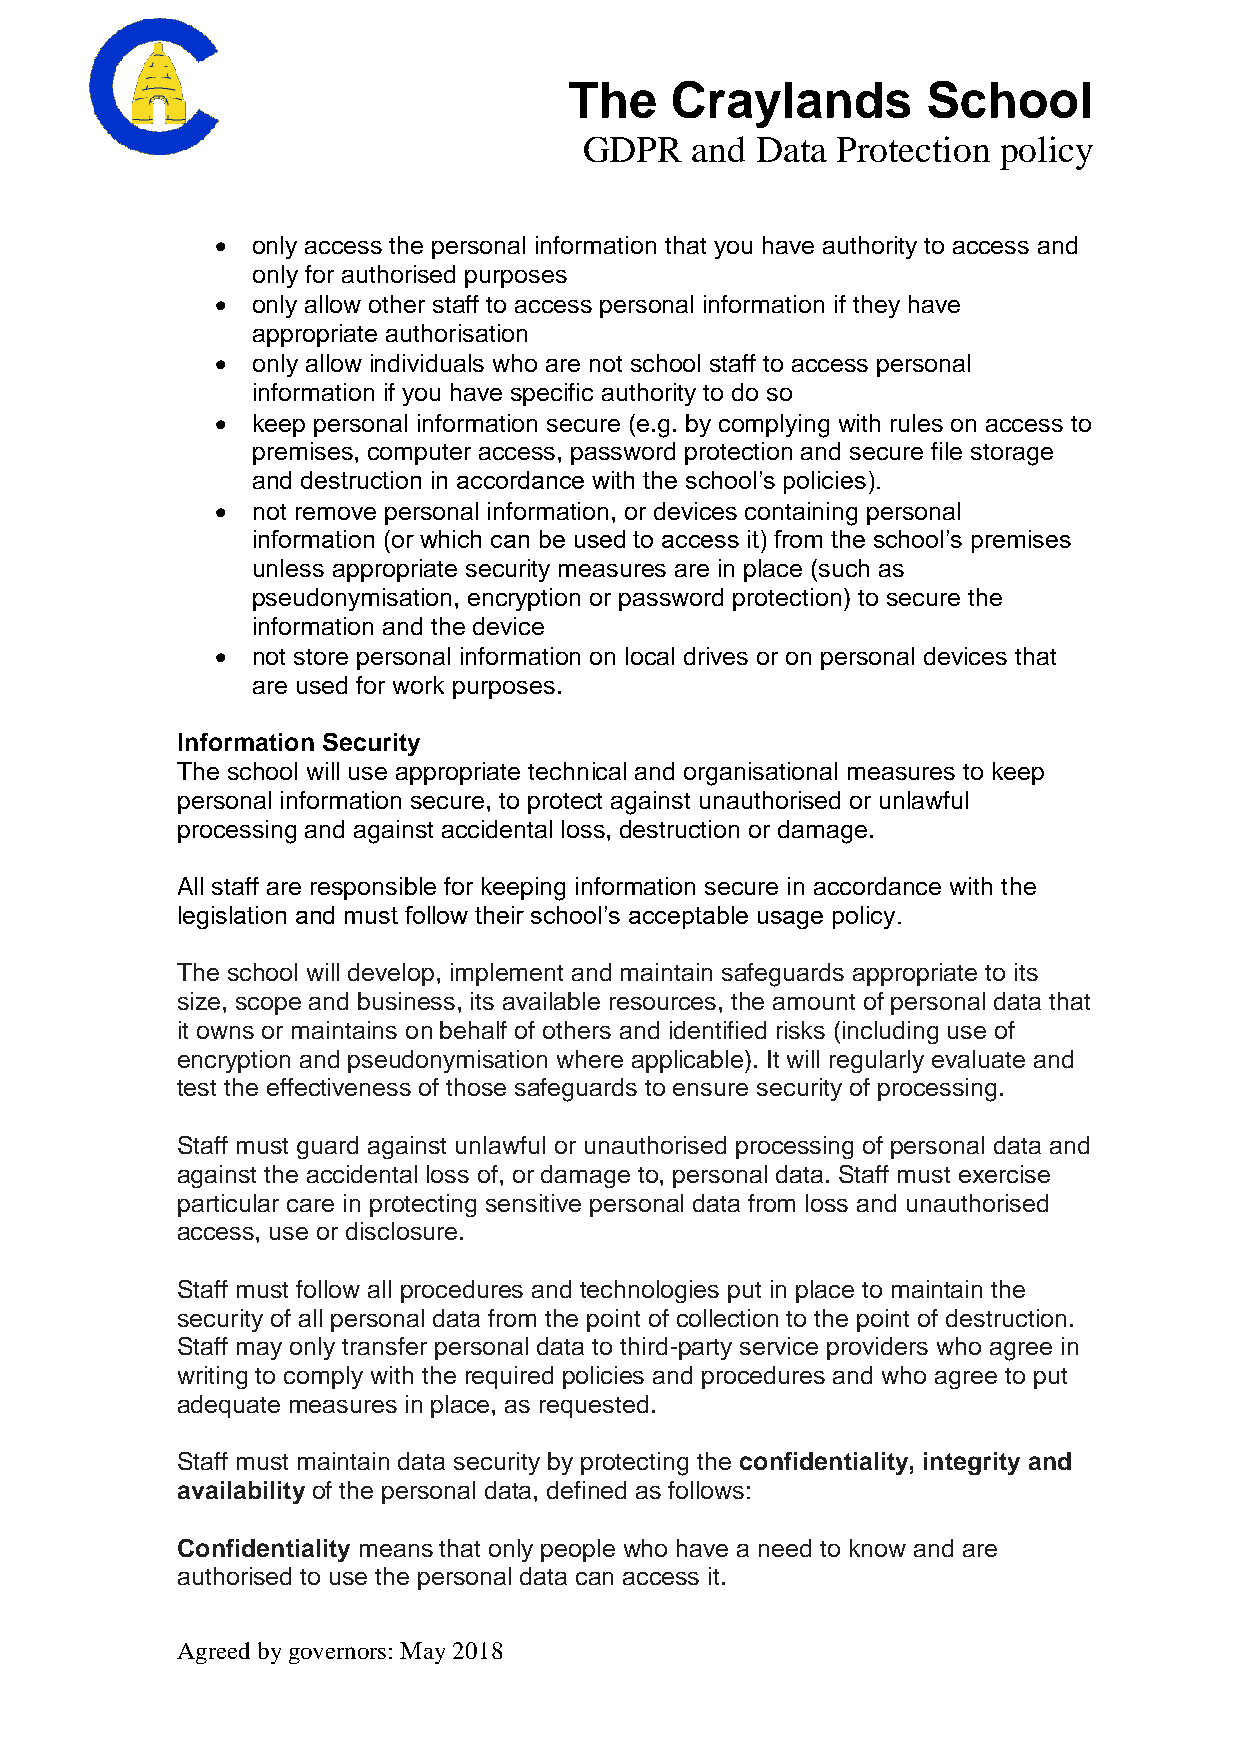
The   Craylands        School
 GDPR   and Data Protection policy
   only access the personal information that you have authority to access and
 only for authorised purposes
   only allow other staff to access personal information if they have
 appropriate authorisation
   only allow individuals who are not school staff to access personal
 information if you have specific authority to do so
   keep personal information secure (e.g. by complying with rules on access to
 premises, computer access, password protection and secure file storage
 and destruction in accordance with the school’s policies).
   not remove personal information, or devices containing personal
 information (or which can be used to access it) from the school’s premises
 unless appropriate security measures are in place (such as
 pseudonymisation, encryption or password protection) to secure the
 information and the device
   not store personal information on local drives or on personal devices that
 are used for work purposes.
 Information Security
 The school will use appropriate technical and organisational measures to keep
 personal information secure, to protect against unauthorised or unlawful
 processing and against accidental loss, destruction or damage.
 All staff are responsible for keeping information secure in accordance with the
 legislation and must follow their school’s acceptable usage policy.
 The school will develop, implement and maintain safeguards appropriate to its
 size, scope and business, its available resources, the amount of personal data that
 it owns or maintains on behalf of others and identified risks (including use of
 encryption and pseudonymisation where applicable). It will regularly evaluate and
 test the effectiveness of those safeguards to ensure security of processing.
 Staff must guard against unlawful or unauthorised processing of personal data and
 against the accidental loss of, or damage to, personal data. Staff must exercise
 particular care in protecting sensitive personal data from loss and unauthorised
 access, use or disclosure.
 Staff must follow all procedures and technologies put in place to maintain the
 security of all personal data from the point of collection to the point of destruction.
 Staff may only transfer personal data to third-party service providers who agree in
 writing to comply with the required policies and procedures and who agree to put
 adequate measures in place, as requested.
 Staff must maintain data security by protecting the confidentiality, integrity and
 availability of the personal data, defined as follows:
 Confidentiality means that only people who have a need to know and are
 authorised to use the personal data can access it.
 Agreed by governors: May 2018